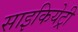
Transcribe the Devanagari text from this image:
साइकियेट्री